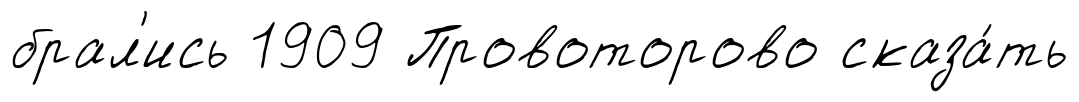
брал'ись 1909 Провоторово сказа́ть